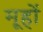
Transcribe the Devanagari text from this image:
मूहों